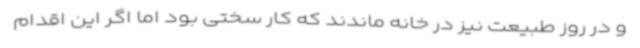
و در روز طبیعت نیز در خانه ماندند که کار سختی بود اما اگر این اقدام